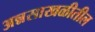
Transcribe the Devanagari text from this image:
अन्नसाखळीतील